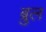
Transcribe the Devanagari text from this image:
ब्रुल